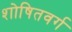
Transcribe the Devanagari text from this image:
शोषितवर्ग